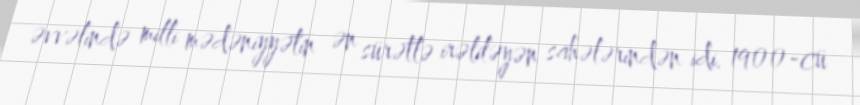
əvvəlində milli mədəniyyətin ən sürətlə irəliləyən sahələrindən idi. 1900-cü